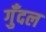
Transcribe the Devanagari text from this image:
गुँदल